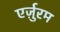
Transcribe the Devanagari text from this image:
एर्ज़ुरम